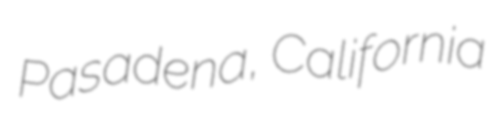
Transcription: Pasadena, California